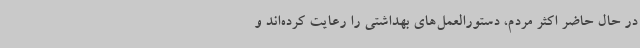
در حال حاضر اکثر مردم، دستورالعمل‌های بهداشتی را رعایت کرده‌اند و